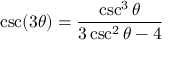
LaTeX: \csc ( 3 \theta ) = { \frac { \csc ^ { 3 } \theta } { 3 \csc ^ { 2 } \theta - 4 } }